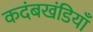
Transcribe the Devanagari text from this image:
कदंबखंडियाँ